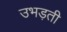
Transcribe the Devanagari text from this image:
उभड़ती